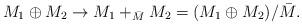
LaTeX: \begin{align*}M_1\oplus M_2 \to M_1+_{\bar M}M_2=(M_1\oplus M_2)/\bar M.\end{align*}